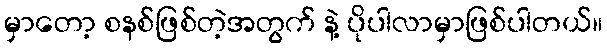
မှာတော့ စနစ်ဖြစ်တဲ့အတွက် နဲ့ ပိုပါလာမှာဖြစ်ပါတယ်။